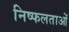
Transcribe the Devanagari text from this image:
निष्फलताओं